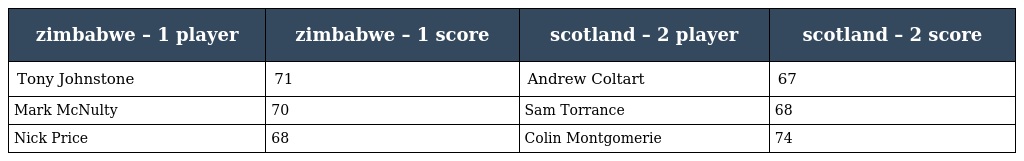
| zimbabwe – 1 player | zimbabwe – 1 score | scotland – 2 player | scotland – 2 score |
 | --- | --- | --- | --- |
 | Tony Johnstone | 71 | Andrew Coltart | 67 |
 | Mark McNulty | 70 | Sam Torrance | 68 |
 | Nick Price | 68 | Colin Montgomerie | 74 |